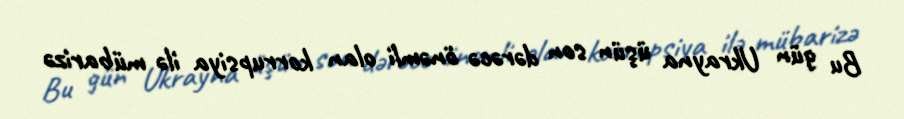
Bu gün Ukrayna üşün son dərəcə önəmli olan korrupsiya ilə mübarizə